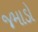
જમાડો